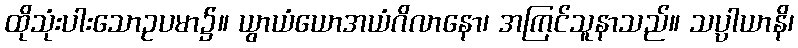
ထိုသုံးပါးသောဥပမာ၌။ ယွာယံယောအယံဂိလာနော၊ အကြင်သူနာသည်။ သပ္ပါယာနိ၊